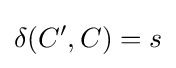
\delta (C',C)=s